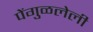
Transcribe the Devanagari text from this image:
पेंगुळलेली